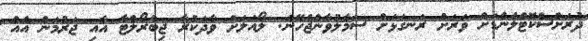
ދުރަށްސްކޮޓްލެންޑަށް ވަރަށް ރަނގަޅަށް ސަމާލުވާންޖެހޭނެ: ލޯއަލަށް ވާދަކުރާ ޖިބްރޯލްޓާ އާއި ޖަރުމަން އެއް